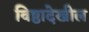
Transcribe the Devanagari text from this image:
विष्ठादेखील